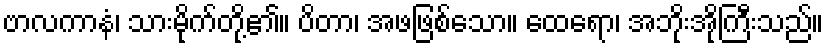
ဗာလကာနံ၊ သားမိုက်တို့၏။ ပိတာ၊ အဖဖြစ်သော။ ထေရော၊ အဘိုးအိုကြီးသည်။